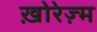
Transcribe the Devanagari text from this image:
ख़ोरेज़्म